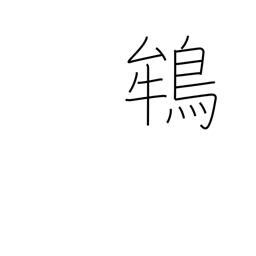
Meaning: crested ibis